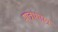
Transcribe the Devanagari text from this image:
मात्राशास्त्र